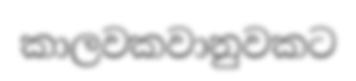
කාලවකවානුවකට